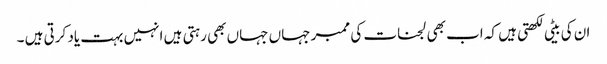
ان کی بیٹی لکھتی ہیں کہ اب بھی لجنات کی ممبر جہاں جہاں بھی رہتی ہیں انہیں بہت یاد کرتی ہیں ۔